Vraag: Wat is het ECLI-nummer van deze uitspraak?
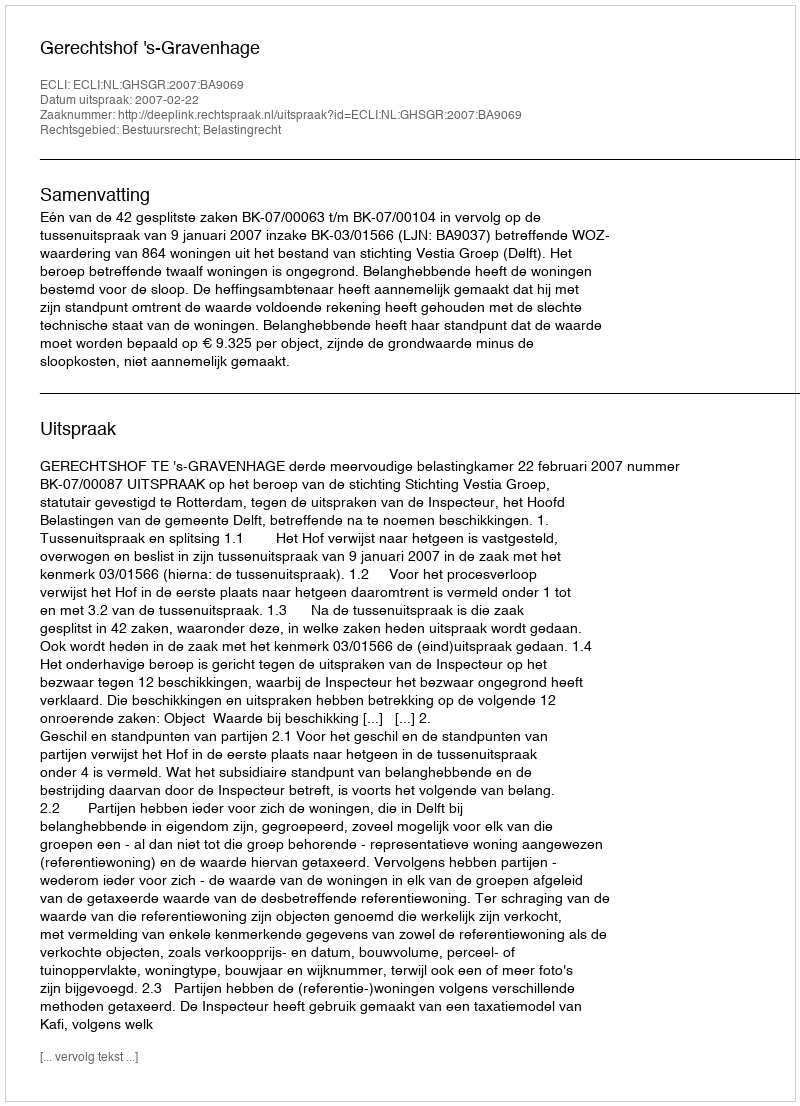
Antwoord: ECLI:NL:GHSGR:2007:BA9069